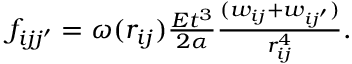
\begin{array} { r } { f _ { i j j ^ { \prime } } = \omega ( r _ { i j } ) \frac { E t ^ { 3 } } { 2 \alpha } \frac { ( w _ { i j } + w _ { i j ^ { \prime } } ) } { r _ { i j } ^ { 4 } } . } \end{array}